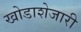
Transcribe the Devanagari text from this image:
खोडाशेजारी